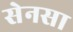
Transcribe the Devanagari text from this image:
सेनसा